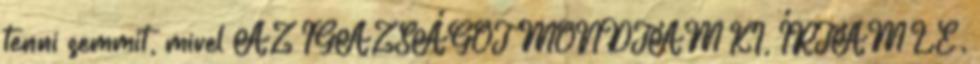
tenni semmit, mivel AZ IGAZSÁGOT MONDTAM KI, ÍRTAM LE.